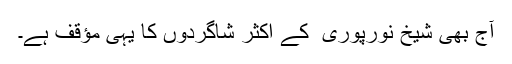
آج بھی شیخ نورپوری ؒ کے اکثر شاگردوں کا یہی مؤقف ہے۔